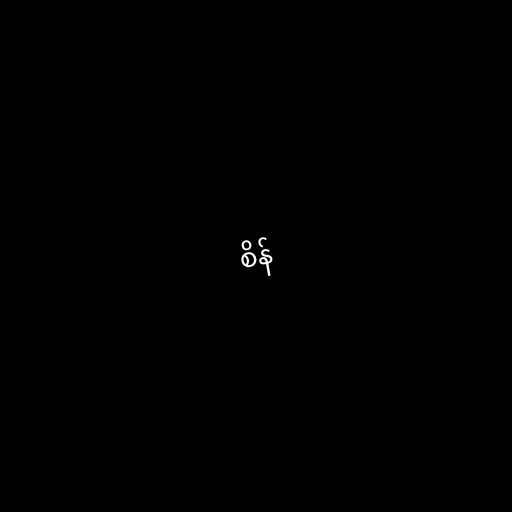
စိန်